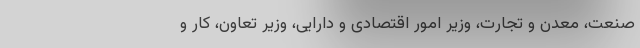
صنعت، معدن و تجارت، وزیر امور اقتصادی و دارایی، وزیر تعاون، کار و